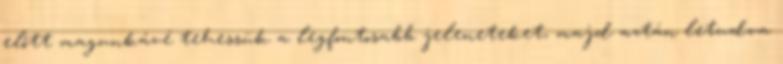
előtt magunkávé tehessük a legfontosabb jeleneteket, majd aztán letudva